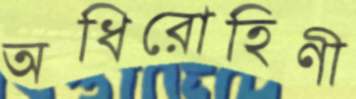
অধিরোহিণী